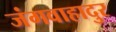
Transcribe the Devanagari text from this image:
जंगवाहादुर